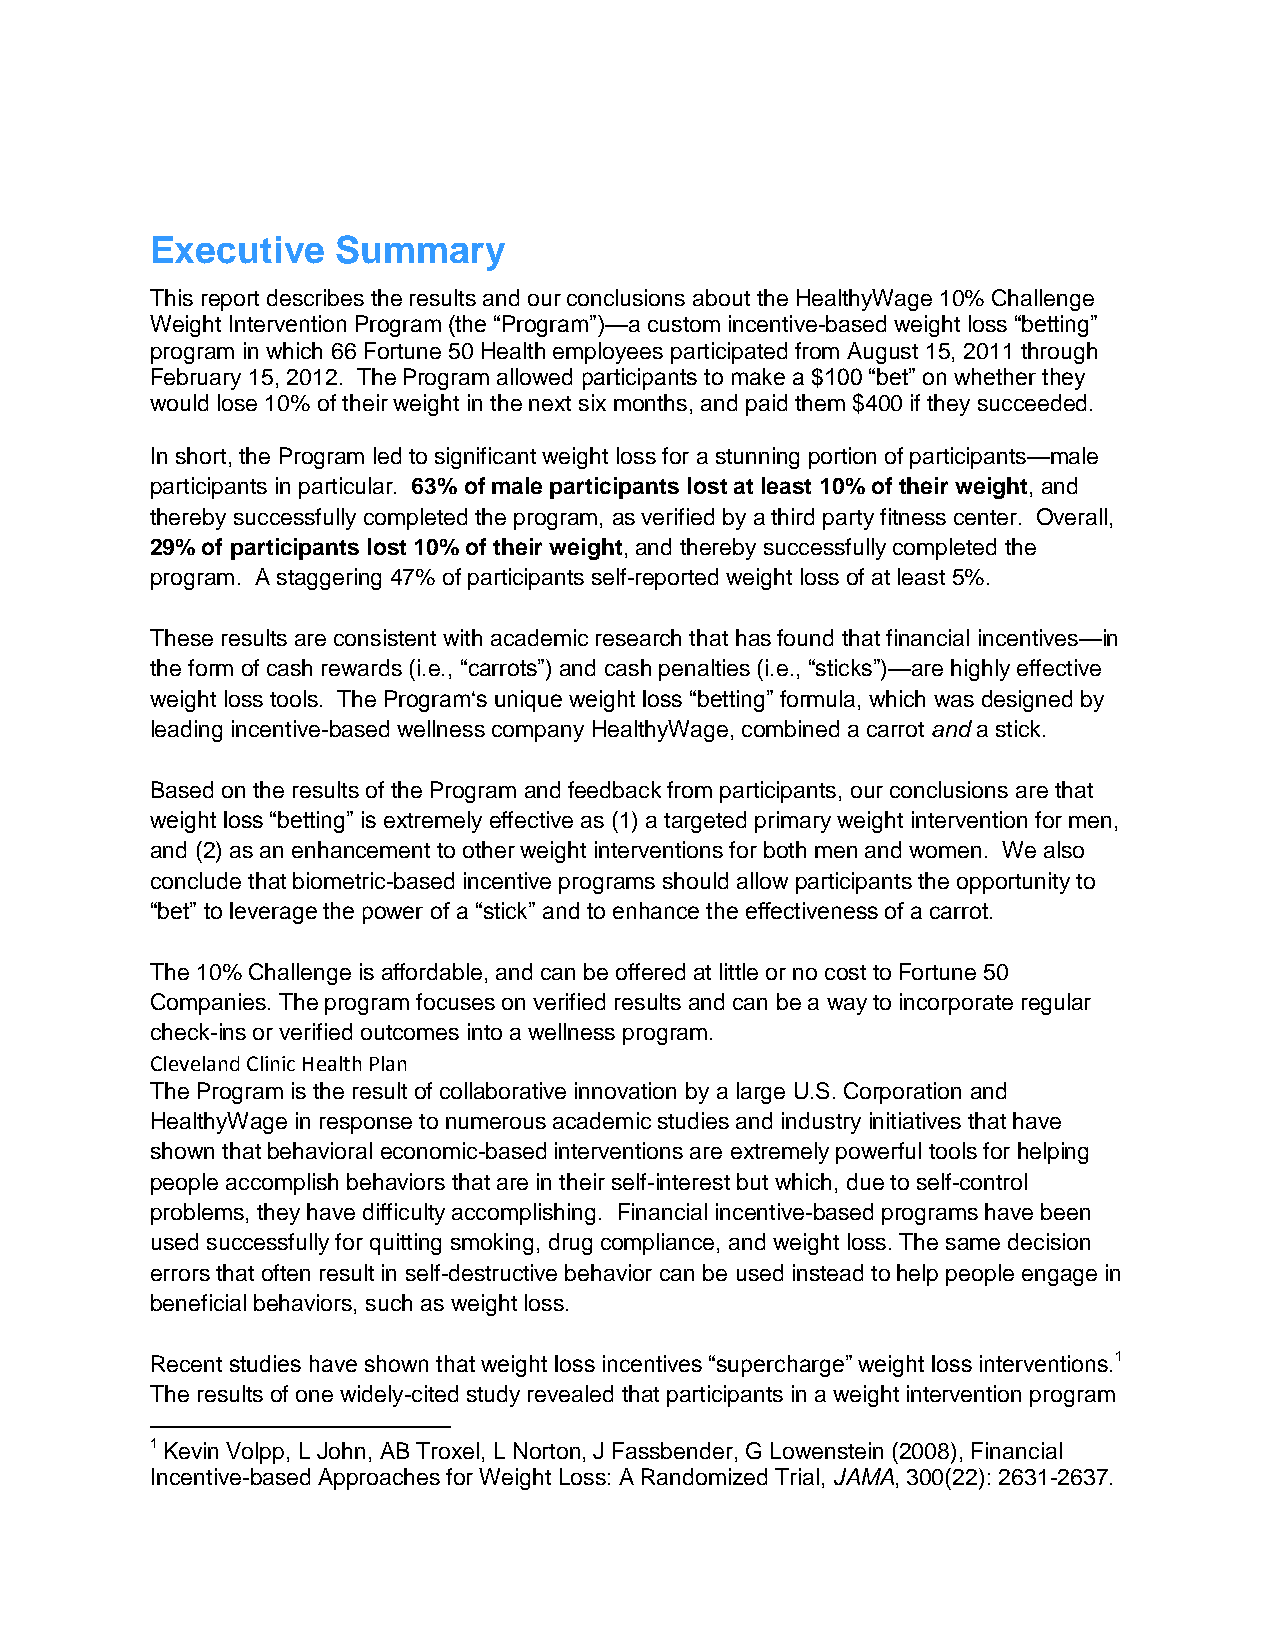
Executive   Summary
 This report describes the results and our conclusions about the HealthyWage 10% Challenge
 Weight Intervention Program (the “Program”)—a custom incentive-based weight loss “betting”
 program in which 66 Fortune 50 Health employees participated from August 15, 2011 through
 February 15, 2012. The Program allowed participants to make a $100 “bet” on whether they
 would lose 10% of their weight in the next six months, and paid them $400 if they succeeded.
 In short, the Program led to significant weight loss for a stunning portion of participants—male
 participants in particular. 63% of male participants lost at least 10% of their weight, and
 thereby successfully completed the program, as verified by a third party fitness center. Overall,
 29% of participants lost 10% of their weight, and thereby successfully completed the
 program. A staggering 47% of participants self-reported weight loss of at least 5%.
 These results are consistent with academic research that has found that financial incentives—in
 the form of cash rewards (i.e., “carrots”) and cash penalties (i.e., “sticks”)—are highly effective
 weight loss tools. The Program‘s unique weight loss “betting” formula, which was designed by
 leading incentive-based wellness company HealthyWage, combined a carrot and a stick.
 Based on the results of the Program and feedback from participants, our conclusions are that
 weight loss “betting” is extremely effective as (1) a targeted primary weight intervention for men,
 and (2) as an enhancement to other weight interventions for both men and women. We also
 conclude that biometric-based incentive programs should allow participants the opportunity to
 “bet” to leverage the power of a “stick” and to enhance the effectiveness of a carrot.
 The 10% Challenge is affordable, and can be offered at little or no cost to Fortune 50
 Companies. The program focuses on verified results and can be a way to incorporate regular
 check-ins or verified outcomes into a wellness program.
 Cleveland Clinic Health Plan
 The Program is the result of collaborative innovation by a large U.S. Corporation and
 HealthyWage in response to numerous academic studies and industry initiatives that have
 shown that behavioral economic-based interventions are extremely powerful tools for helping
 people accomplish behaviors that are in their self-interest but which, due to self-control
 problems, they have difficulty accomplishing. Financial incentive-based programs have been
 used successfully for quitting smoking, drug compliance, and weight loss. The same decision
 errors that often result in self-destructive behavior can be used instead to help people engage in
 beneficial behaviors, such as weight loss.
 Recent studies have shown that weight loss incentives “supercharge” weight loss interventions.1
 The results of one widely-cited study revealed that participants in a weight intervention program
 1 Kevin Volpp, L John, AB Troxel, L Norton, J Fassbender, G Lowenstein (2008), Financial
 Incentive-based Approaches for Weight Loss: A Randomized Trial, JAMA, 300(22): 2631-2637.